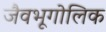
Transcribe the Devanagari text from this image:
जैवभूगोलिक